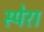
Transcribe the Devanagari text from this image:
स्पेरा